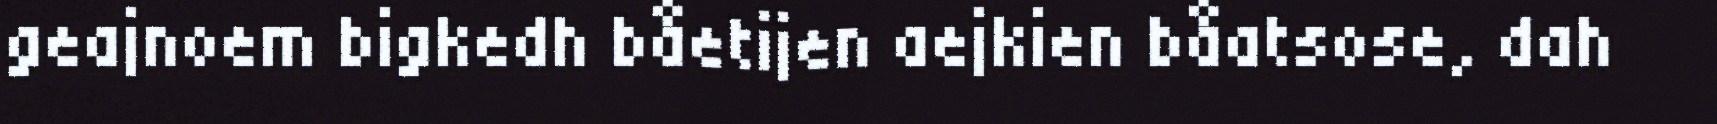
geajnoem bigkedh båetijen aejkien båatsose, dah